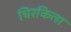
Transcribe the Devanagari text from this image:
चिरकिला